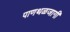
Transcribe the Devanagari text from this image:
पाणथळजागी